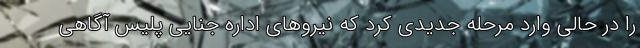
را در حالی وارد مرحله جدیدی کرد که نیرو‌های اداره جنایی پلیس آگاهی